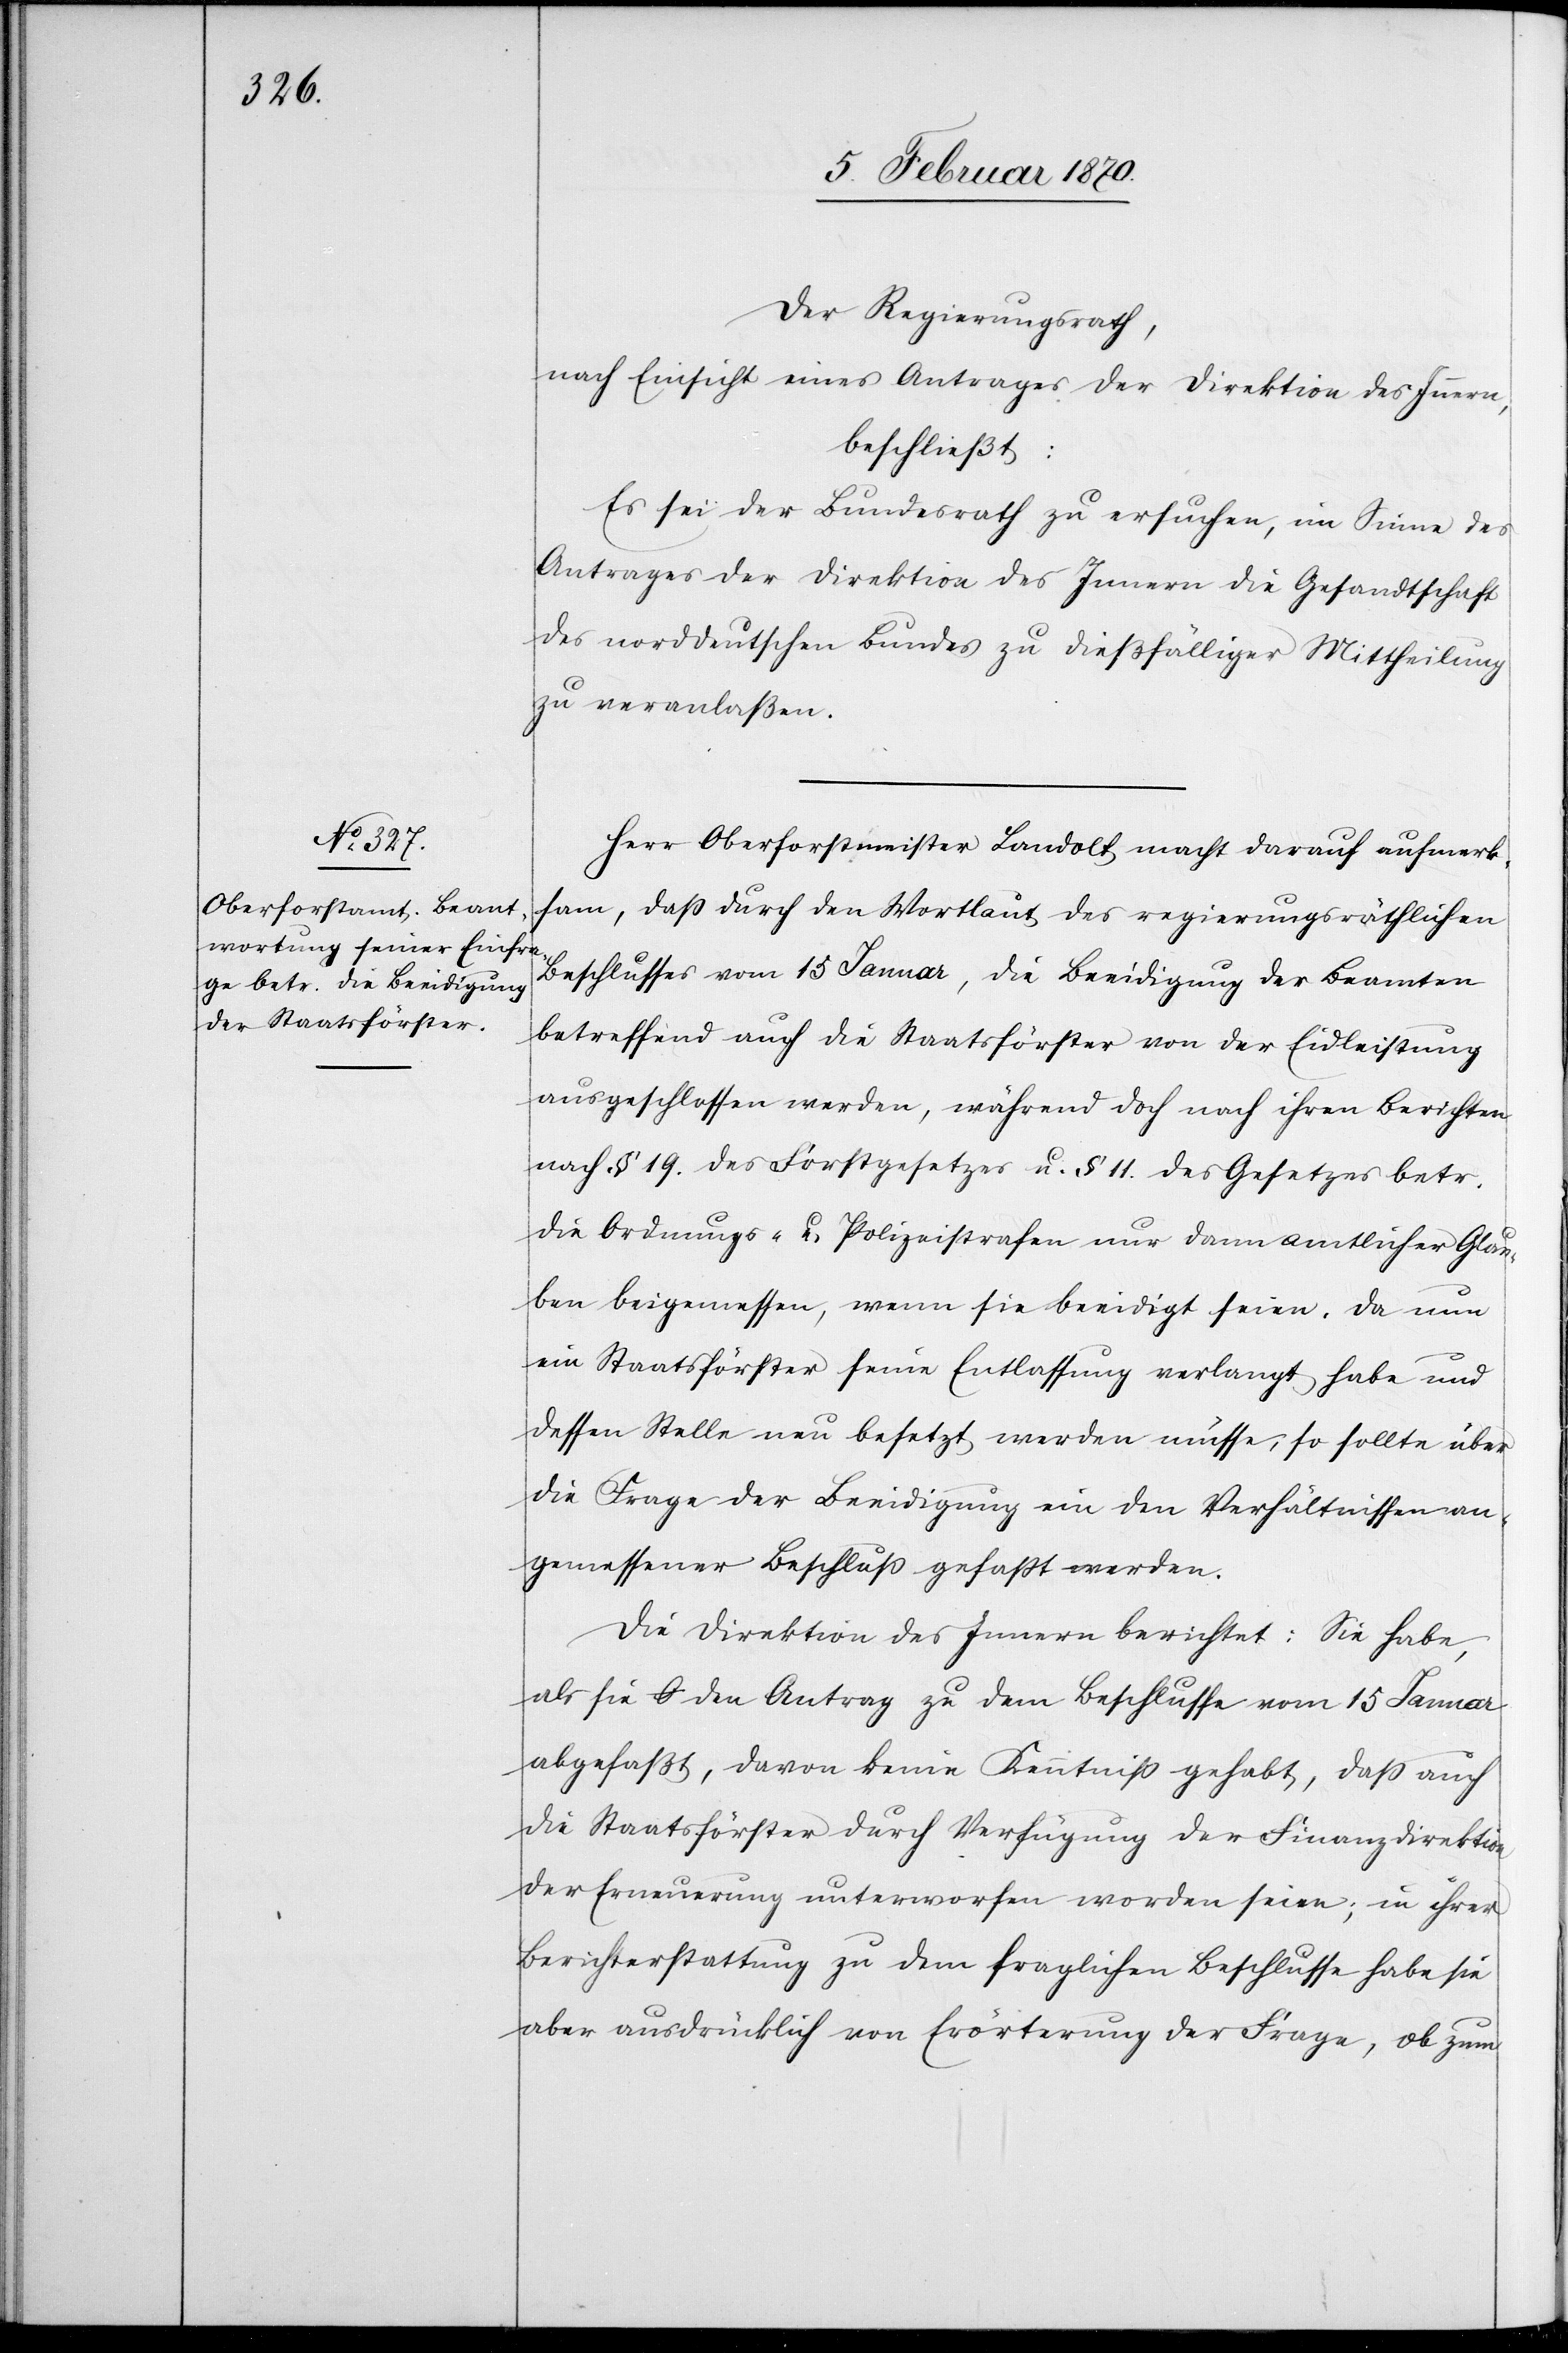
Der Regierungsrath,
nach Einsicht eines Antrages der Direktion des Innern,
beschließt:
Es sei der Bundesrath zu ersuchen, im Sinne des
Antrages der Direktion des Innern die Gesandtschaft
des norddeutschen Bundes zu dießfälliger Mittheilung
zu veranlaßen.
Herr Oberforstmeister Landolt macht darauf aufmerk¬
sam, daß durch den Wortlaut des regierungsräthlichen
Beschlusses vom 15 Januar, die Beeidigung der Beamten
betreffend auch die Staatsförster von der Eidleistung
ausgeschlossen werden, während doch nach ihren Berichten
nach § 19. des Forstgesetzes u. § 11. des Gesetzes betr.
die Ordnungs- u. Polizeistrafen nur dann amtlicher Glau¬
ben beigemessen, wenn sie beeidigt seien. Da nun
ein Staatsförster seine Entlassung verlangt habe und
dessen Stelle neu besetzt werden müsse, so sollte über
die Frage der Beeidigung ein den Verhältnissen an¬
gemessener Beschluß gefasst werden.
Die Direktion des Innern berichtet: Sie habe,
als sie den Antrag zu dem Beschlusse vom 15 Januar
abgefaßt, davon keine Kenntniß gehabt, daß auch
die Staatsförster durch Verfügung der Finanzdirektion
der Erneuerung unterworfen worden seien; in ihrer
Berichterstattung zu dem fraglichen Beschlusse habe sie
aber ausdrücklich von Erörterung der Frage, ob zum